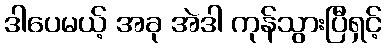
ဒါပေမယ့် အခု အဲဒါ ကုန်သွားပြီရှင့်